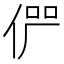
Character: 𠉬